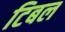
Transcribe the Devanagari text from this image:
टिबल